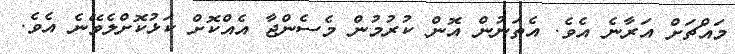
މައްޗަށް އަރާނެ އެވެ. އެތަނުން އޮން ކުރުމުން މެސެންޖާ އެއްކޮށް ކަޅުކޮށްލެވޭނެ އެވެ.